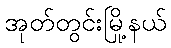
အုတ်တွင်းမြို့နယ်